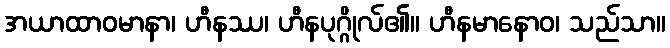
အယာထာဝမာနာ၊ ဟီနဿ၊ ဟီနပုဂ္ဂိုလ်၏။ ဟီနမာနောဝ၊ သည်သာ။